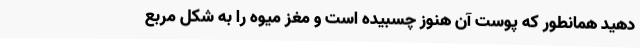
دهید همانطور که پوست آن هنوز چسبیده است و مغز میوه را به شکل مربع